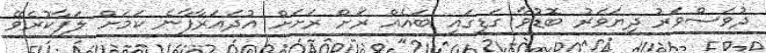
ދުވަސްވަރު ދިޔަވަރު ބޮޑުވާ ގަޑީގައި ބައެއް ރަށް ރަށަށް އުދައަރާފާނެ ކަމަށް ލަފާކުރެވޭ